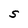
Character: S